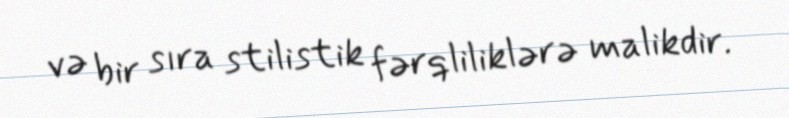
və bir sıra stilistik fərqliliklərə malikdir.